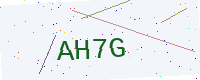
Text: AH7G